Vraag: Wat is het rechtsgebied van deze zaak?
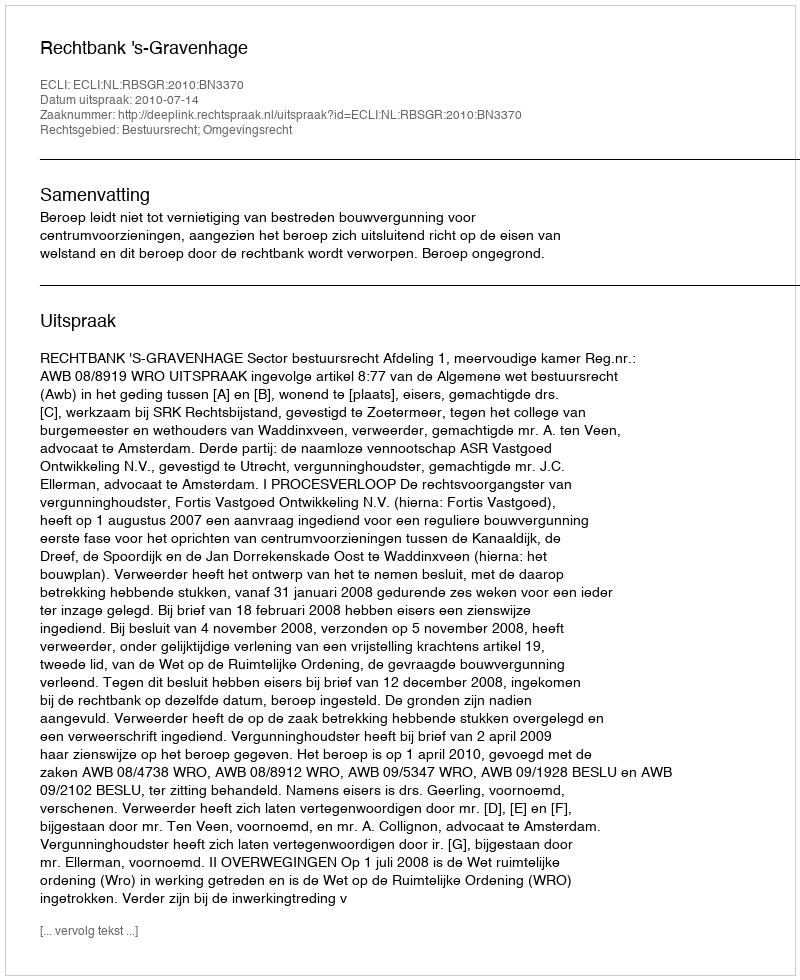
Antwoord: Bestuursrecht; Omgevingsrecht